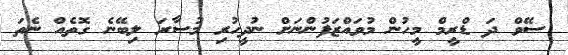
ސޭވް ދަ ޑްރީމް މީހުން މުވައްޒަފުންނަށް ނުދީހުރި މުސާރަ ލިބޭނެ ގޮތެއް ނެތަ